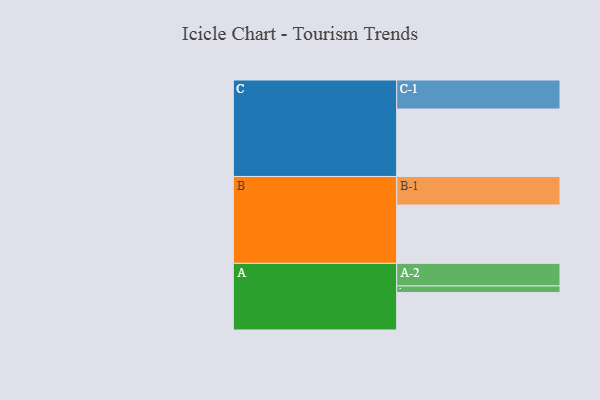
{"axis": {"x": "Segment", "y": "Value"}, "legend": ["", "A", "B", "C"], "data": [{"x": "A", "y": 331, "type": ""}, {"x": "B", "y": 516, "type": ""}, {"x": "C", "y": 597, "type": ""}, {"x": "A-1", "y": 59, "type": "A"}, {"x": "A-2", "y": 200, "type": "A"}, {"x": "B-1", "y": 253, "type": "B"}, {"x": "C-1", "y": 257, "type": "C"}]}